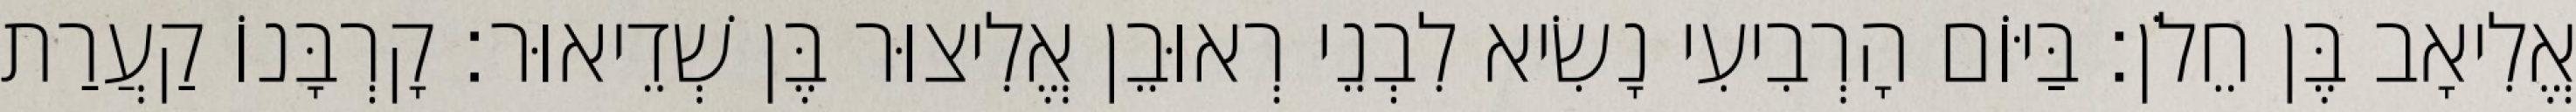
אֱלִיאָב בֶּן חֵלֹן׃ בַּיּוֹם הָרְבִיעִי נָשִׂיא לִבְנֵי רְאוּבֵן אֱלִיצוּר בֶּן שְׁדֵיאוּר׃ קָרְבָּנוֹ קַעֲרַת